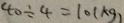
4 0 \div 4 = 1 0 ( k g )